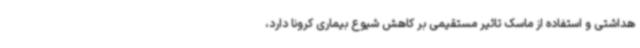
هداشتی و استفاده از ماسک تاثیر مستقیمی بر کاهش شیوع بیماری کرونا دارد،